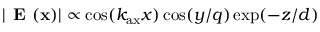
| \textbf { E } ( { \bf x } ) | \propto \cos ( k _ { \mathrm { a x } } x ) \cos ( y / q ) \exp ( - z / d )